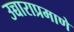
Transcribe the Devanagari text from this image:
उच्चाराप्रमाणे